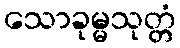
သောခုမ္မသုတ္တံ